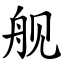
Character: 舰